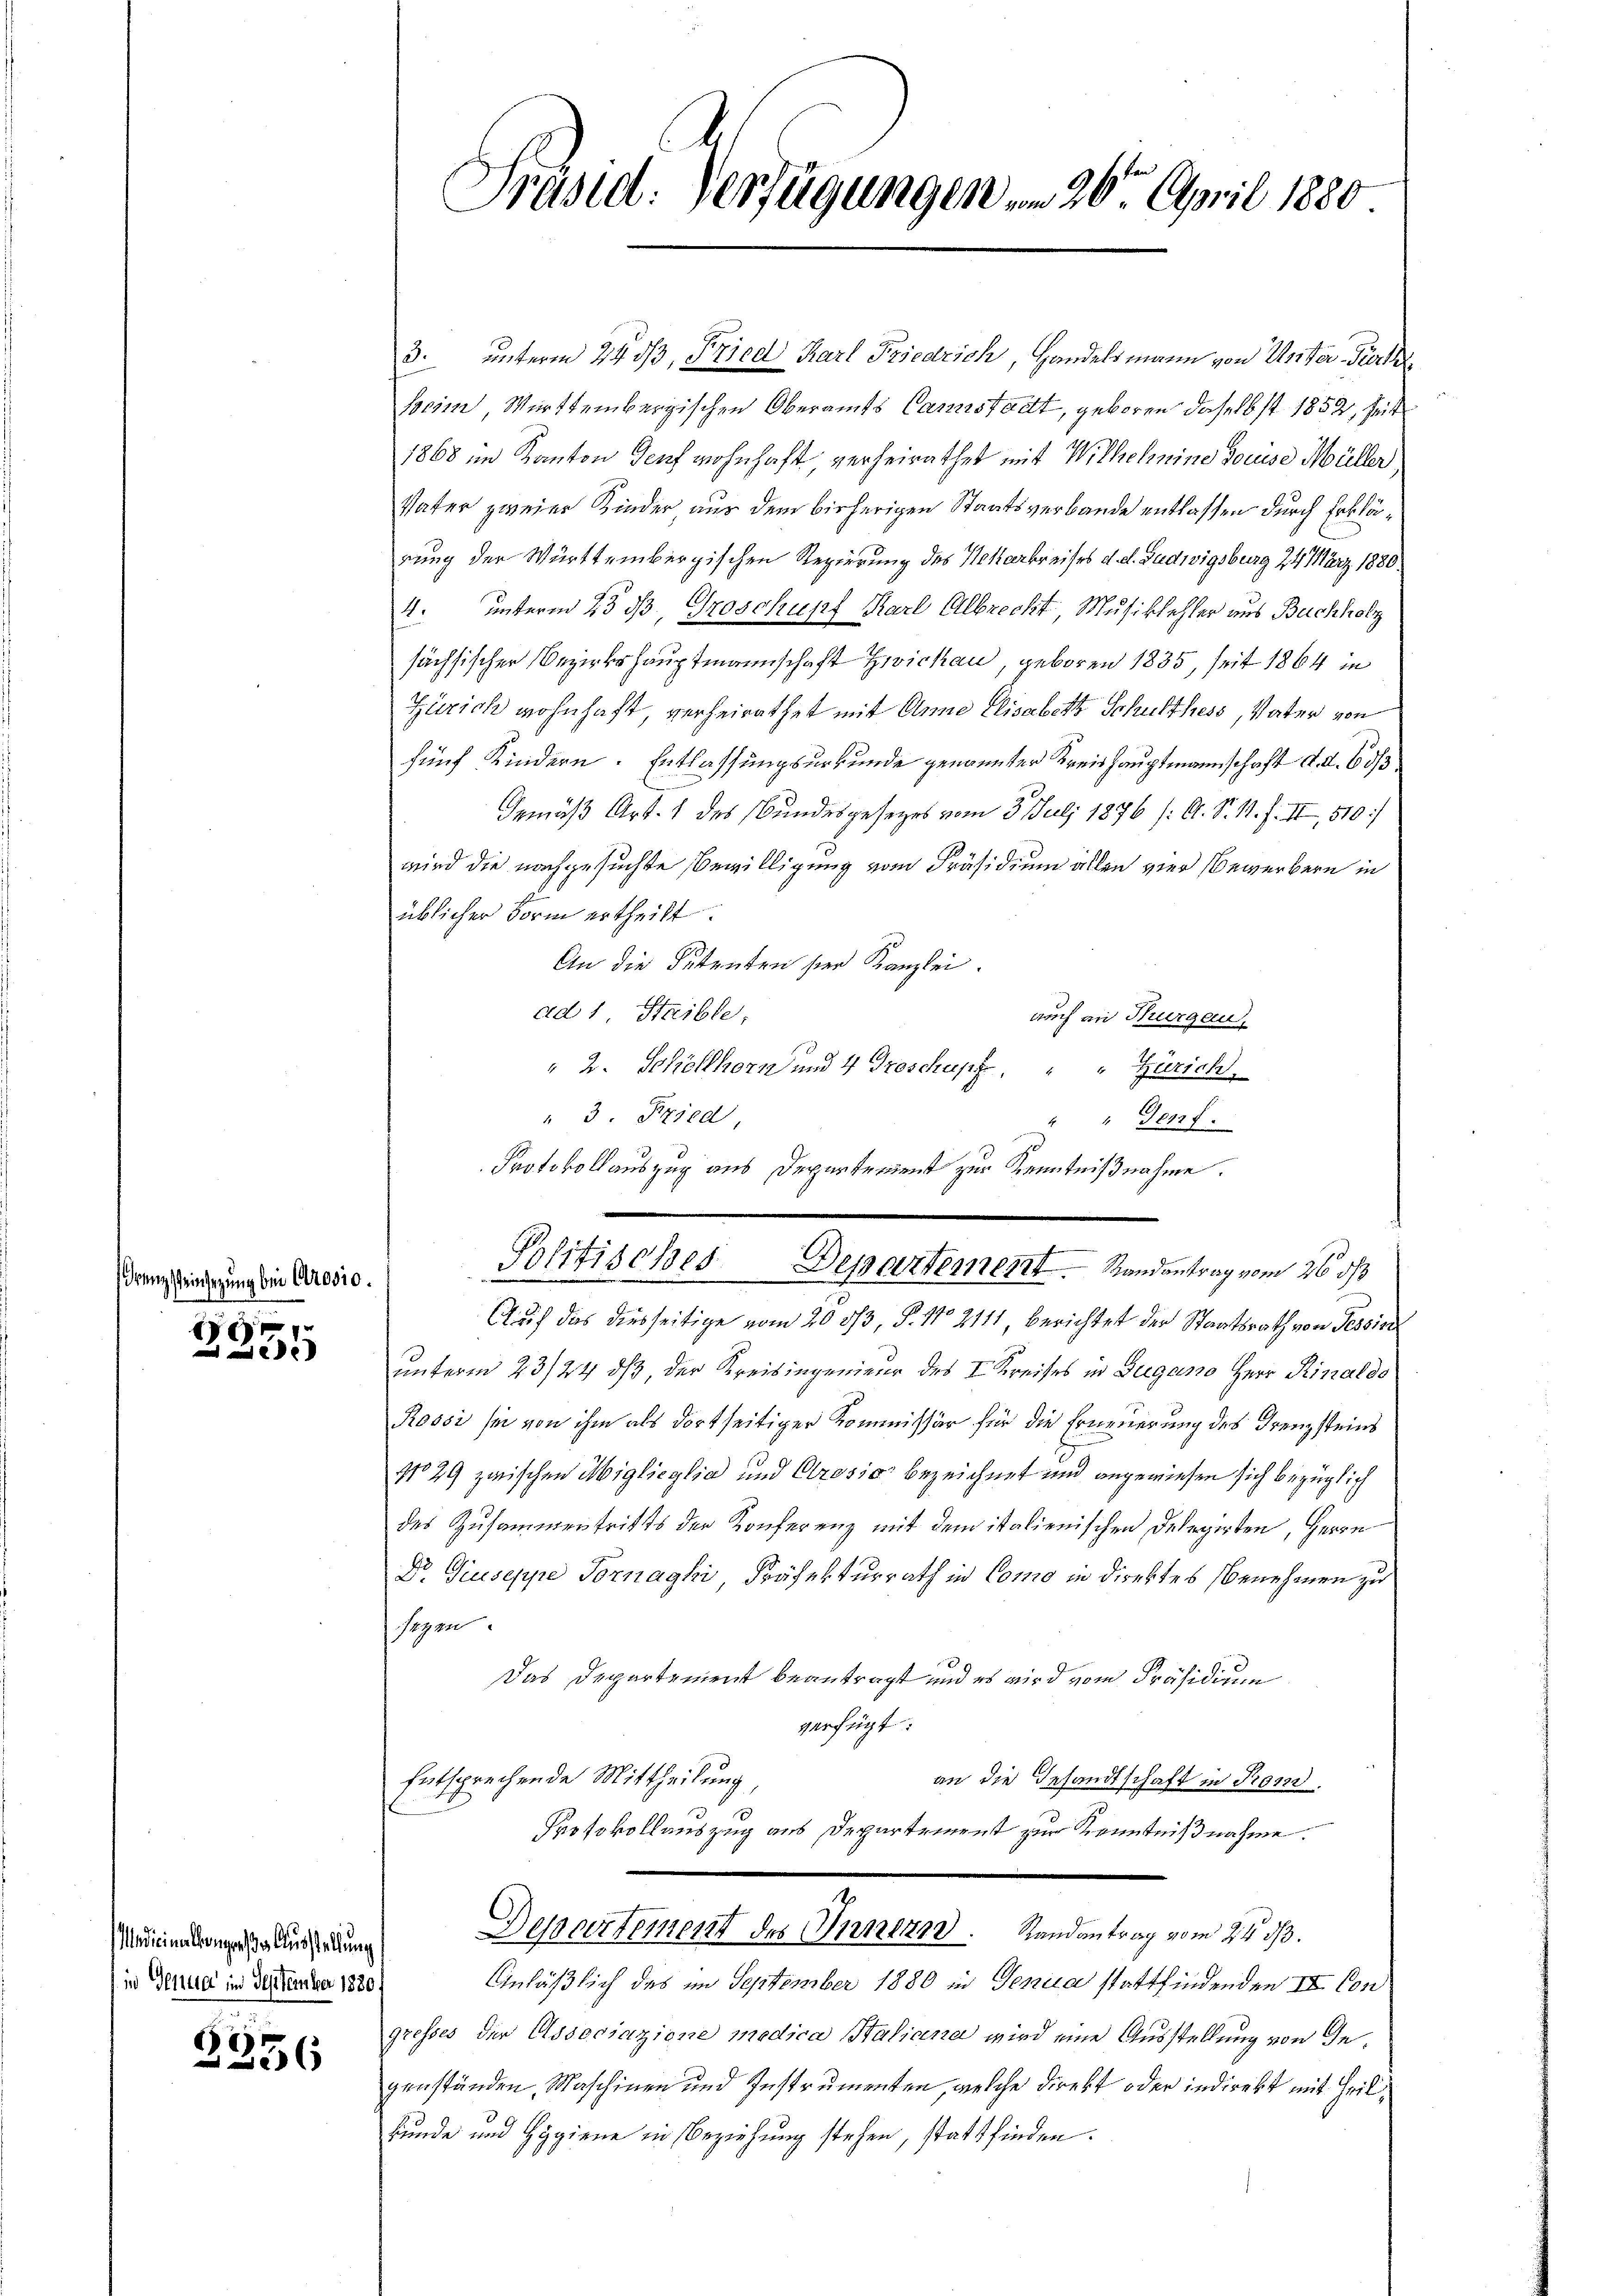
Franz einsezung bei Arosio.

e

ndicinalangen der Ausstellung
in Genua im September 1880 f

x
5
x

Präsid. Verfügungen, in 26. April 1880

Politisches Departement Randantrag vom 26. ds

3. unterm 24. ds, Fried Karl Friedrich, Handelsmann von Unter-Tort
Beim Württembergischen Oberamts Canstadt, geboren daselbst 1852, seit
1868 im Kanton Genf wohnhaft, verheirathet mit Wilhelmine douise Müller
Vater zweier Kinder aus dem bisherigen Staatsverbande entlassen durch Erklärung der Württembergischen Regierung des Nekarkreises d. d. Ludwigsburg 24 März 1880.
4. unterm 23 3, Groschupf Karl Albrecht, Musiklehler aus Buchholz
sächsischer Bezirkshauptmannschaft Zwickau, geboren 1835, seit 1864 in
Zürich wohnhaft verheirathet mit Anna Elisabeth Schulthess, Vater von
fünf Kindern. Entlassungsurkunde genannter Kreishauptmannschaft d. d. 6 d
Gemäß Art. 1 des Bundesgesetzes vom 3. Juli 1876 /: A. S. R. F. II, 510:
wird die nachgesuchte Bewilligung vom Präsidium allen vier Bewerbern in
üblicher Form ertheilt.
An die Petenten hier Kanzlei.
ad 1 Steible,
auch an Thurgau,
" 2. Schellhorn und 4 Troschusse,
"" Zürich.
" 3. Fried,

301 f.
Protokollauszug aus Departement zur Kenntnißnahme.

Auf das diesseitige vom 20. 573, S. No 2111 berichtet der Staatsrath von Tessin
unterm 23/24 dß, der Kreisingenieur des I Kreises in Zugano Herr Rinaldo
Rossi sei von ihm als dortseitiger Kommissär für die Erneuerung des Freuzsteins
No 29 zwischen Miglicylia und Arosio bezeichnet und angewiesen sich bezüglich
des Zusammentritts der Konferenz mit dem italienischen Delegirten, Herrn
Do Giuseppe Vornaghi, Präfekturrath in Como in direktes Benehmen zu
sezen
Das Departement beantragt und es wird vom Präsidium
verfügt:
Entsprechende Mittheilung,
an die Gesandtschaft in Rom.
Protokollauszug aus Departement zur Kenntnißnahme.
Departement des Innern. Randantrag vom 24. d.
Anläßlich des im September 1880 in Genua stattfindenden II Con
gresses der Associazione medica Saliana wird eine Ausstellung von de
genständen, Maschinen und Instrumenten, welche direkt oder indirekt mit Heilkunde und Hygiene in Beziehung stehen, stattfinden.